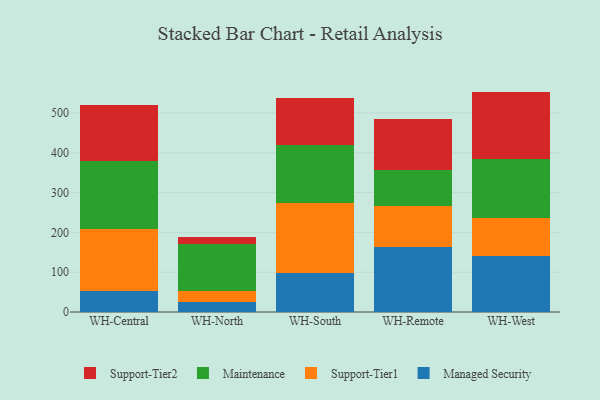
{"axis": {"x": "Warehouse", "y": "Backlog"}, "legend": ["Maintenance", "Managed Security", "Support-Tier1", "Support-Tier2"], "data": [{"x": "WH-Central", "y": 54.0, "type": "Managed Security"}, {"x": "WH-Central", "y": 155.1, "type": "Support-Tier1"}, {"x": "WH-Central", "y": 170.9, "type": "Maintenance"}, {"x": "WH-Central", "y": 140.6, "type": "Support-Tier2"}, {"x": "WH-North", "y": 24.2, "type": "Managed Security"}, {"x": "WH-North", "y": 28.1, "type": "Support-Tier1"}, {"x": "WH-North", "y": 118.9, "type": "Maintenance"}, {"x": "WH-North", "y": 16.5, "type": "Support-Tier2"}, {"x": "WH-South", "y": 96.8, "type": "Managed Security"}, {"x": "WH-South", "y": 177.4, "type": "Support-Tier1"}, {"x": "WH-South", "y": 144.4, "type": "Maintenance"}, {"x": "WH-South", "y": 118.7, "type": "Support-Tier2"}, {"x": "WH-Remote", "y": 163.5, "type": "Managed Security"}, {"x": "WH-Remote", "y": 103.8, "type": "Support-Tier1"}, {"x": "WH-Remote", "y": 88.5, "type": "Maintenance"}, {"x": "WH-Remote", "y": 129.7, "type": "Support-Tier2"}, {"x": "WH-West", "y": 141.0, "type": "Managed Security"}, {"x": "WH-West", "y": 94.8, "type": "Support-Tier1"}, {"x": "WH-West", "y": 148.6, "type": "Maintenance"}, {"x": "WH-West", "y": 169.2, "type": "Support-Tier2"}]}